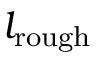
l _ { \mathrm { r o u g h } }